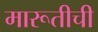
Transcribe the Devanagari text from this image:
मारूतीची